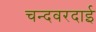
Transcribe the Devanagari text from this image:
चन्दवरदाई